Lunatic asylums United Prov. 1922-30 - 1922-1930
Year: 1922
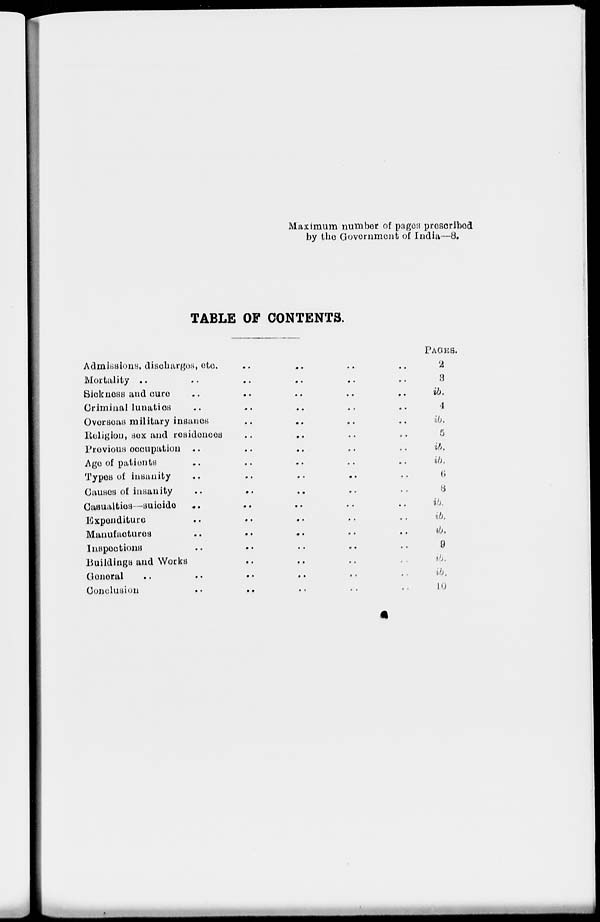
Maximum number of pages prescribed
by the Government of India—8.
TABLE OF CONTENTS.
Admissions, discharges, etc. .. .. .. ..
Mortality .. .. .. .. .. ..
Sickness and cure .. .. .. .. .. ..
Criminal lunatics .. .. .. .. .. ..
Overseas military insanes .. .. .. .. ..
Religion, sex and residences .. .. .. ..
Previous occupation .. .. .. .. .. ..
Age of patients .. .. .. .. .. ..
Types of insanity .. .. .. .. .. ..
Causes of insanity .. .. .. .. .. ..
Casualties-suicide .. .. .. .. .. ..
Expenditure .. .. .. .. .. ..
Manufactures .. .. .. .. .. ..
Inspections .. .. .. .. .. ..
Buildings and Works .. .. .. ..
General .. .. .. .. .. ..
Conclusion
..
.. .. .. .. ..
PAGES.
2
3
ib.
4
ib.
5
ib.
ib.
6
8
ib.
ib.
ib.
9
ib.
ib.
10